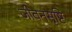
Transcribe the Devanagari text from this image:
जीवनसृष्टि